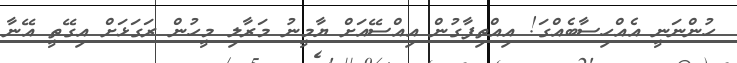
ހުންނަނީ އެއްހިސާބެއްގަ! އިއްތިފާގުން އިއްސޭއަށް ޔާމީނު މަރާލި މީހުން ރަގަޅަށް އިގޭތީ އޭނާ